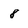
Character: 8